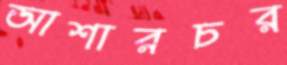
আশারচর